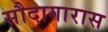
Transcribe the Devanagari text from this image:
सौदागारास